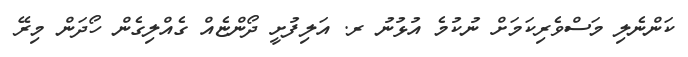
ކަންނެލި މަސްވެރިކަމަށް ނުކުމެ އުޅުނު ރ. އަލިފުށީ ދޯންޏެއް ގެއްލިގެން ހޯދަން މިރޭ